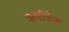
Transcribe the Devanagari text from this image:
ऋषीकेश